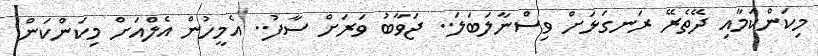
މިކަންކަމާއި ދޭތެރޭ ރަނގަޅަށް ވިސްނާލަބަލަ.. ޖަވާބު ވަރަށް ސާފު.. އެމީހުން އެލްއަށް މިކަންކަން